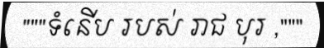
"""ទំនើប របស់ រាជ បុរ ,"""